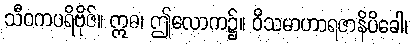
သီဝကပရိဗိုဇ်။ ဣဓ၊ ဤလောက၌။ ဝိသမာဟာရဇာနိပိခေါ၊